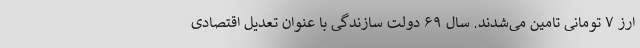
ارز ۷ تومانی تامین می‌شدند. سال ۶۹ دولت سازندگی با عنوان تعدیل اقتصادی